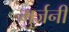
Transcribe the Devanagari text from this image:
मुर्जनी